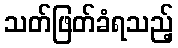
သတ်ဖြတ်ခံရသည့်